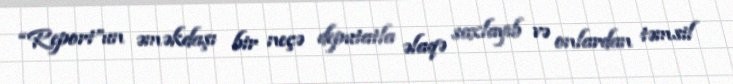
“Report”un əməkdaşı bir neçə deputatla əlaqə saxlayıb və onlardan təmsil